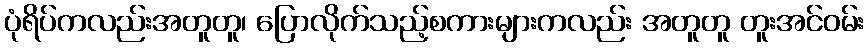
ပုံရိပ်ကလည်းအတူတူ၊ ပြောလိုက်သည့်စကားများကလည်း အတူတူ တူးအင်ဝမ်း